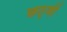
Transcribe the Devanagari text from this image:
छठ्वी